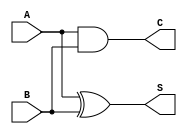
module half_adder (
    input wire A,
    input wire B,
    output wire S,
    output wire C
);
    assign S = A ^ B;  // Sum output
    assign C = A & B;  // Carry output
endmodule